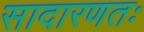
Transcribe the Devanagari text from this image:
सादारणतः